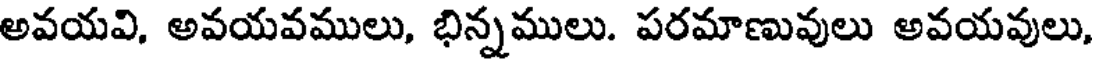
అవయవి, అవయవములు, భిన్నములు. పరమాణువులు అవయవులు,